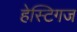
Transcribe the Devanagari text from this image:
हेस्टिगज